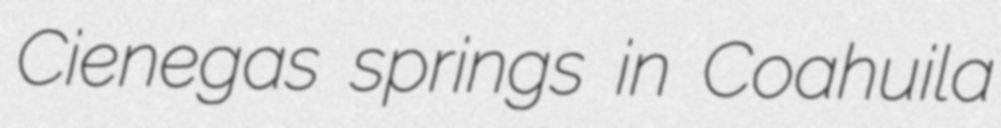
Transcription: Cienegas springs in Coahuila